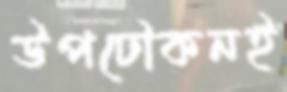
উপঢৌকনই